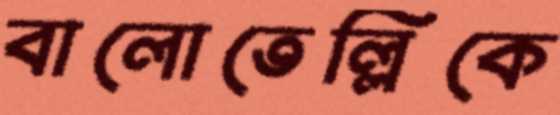
বালোতেল্লিকে